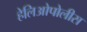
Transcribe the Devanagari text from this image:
हेलिओपोलीस